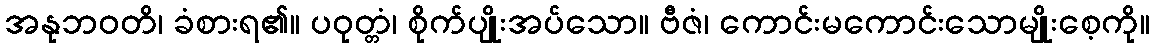
အနုဘဝတိ၊ ခံစားရ၏။ ပဝုတ္တံ၊ စိုက်ပျိုးအပ်သော။ ဗီဇံ၊ ကောင်းမကောင်းသောမျိုးစေ့ကို။